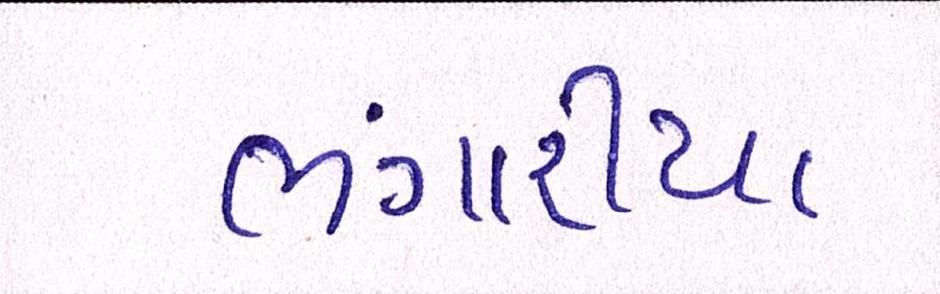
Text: ભંગારીયા